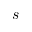
s